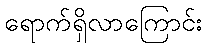
ရောက်ရှိလာကြောင်း